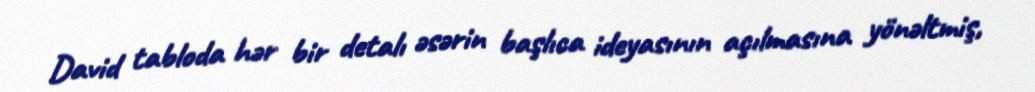
David tabloda hər bir detalı əsərin başlıca ideyasının açılmasına yönəltmiş,